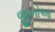
જીનોઆ